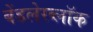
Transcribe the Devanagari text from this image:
बेंडलेरब्लॉक